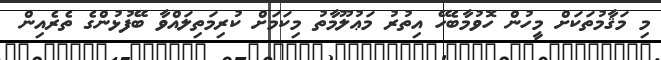
މި މަޤާމުތަކަށް މީހުން ހޮވުމާބެހޭ އިތުރު މަޢުލޫމާތު މިކަމަށް ކުރިމަތިލައްވާ ބޭފުޅުންގެ ތެރެއިން